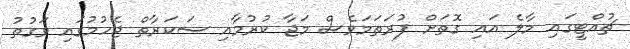
ޗުއްޓީގައި މާލެ އައި ގޮތަށް ފުރަތަމަވެސް މަޖާ ކުރުމާއި ސަކަރާތް ޖެހުމުގައި ވަގުތު